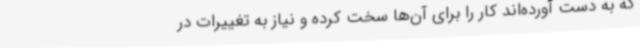
که به دست آورده‌اند کار را برای آن‌ها سخت کرده و نیاز به تغییرات در